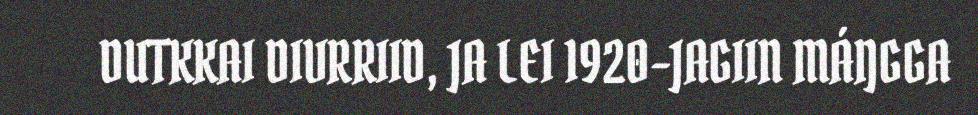
DUTKKAI DIVRRIID, JA LEI 1920-JAGIIN MÁŊGGA